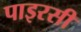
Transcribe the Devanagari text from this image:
पाइरसी